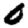
Digit: 0